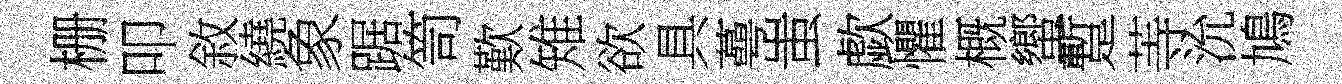
栅叩敘繞象踞笥歎雉欲具蕚蚩歔懼概蠁蹔䓁沇鳩